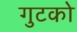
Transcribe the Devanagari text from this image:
गुटको